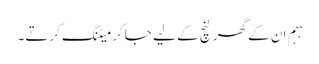
ہہم ان کے گھر لنچ کے لیے جا کر میٹنگ کرتے۔